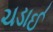
ચડાઈ